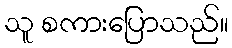
သူ စကားပြောသည်။